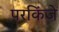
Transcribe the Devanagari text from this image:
परकिंजे